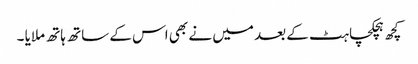
کچھ ہچکچاہٹ کے بعد میں نے بھی اس کے ساتھ ہاتھ ملایا ۔